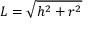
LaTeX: L = { \sqrt { h ^ { 2 } + r ^ { 2 } } }